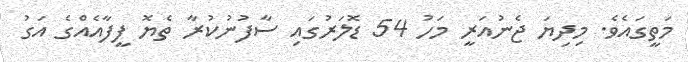
މަތީގައެވެ. މިދިޔަ ޖެނުއަރީ މަހު 54 ޑޮލަރުގައި ސާފުނުކުރާ ތެޔޮ ފީފާއެއްގެ އަގު